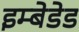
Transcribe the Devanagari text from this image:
इम्बेडेड